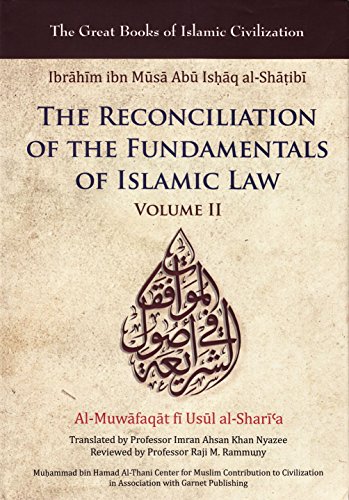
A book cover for The Reconciliation of the Fundamentals of Islamic Law: Al-Muwafaqat fi Usul al-Shari'a, Volume II (Great Books of Islamic Civilization); Ibrahim ibn Musa Abu Ishaq al-Shatibi; Religion & Spirituality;